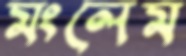
মংলেম